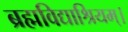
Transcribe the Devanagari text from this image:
ब्रह्मविद्याश्रियम्।